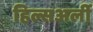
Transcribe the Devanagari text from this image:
हिल्सअर्ली